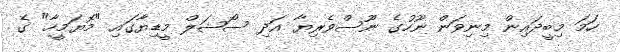
ހަމަ މިބީދައިން މިނިވަން ނޫހުގެ ނޫސްވެރިޔާ އަދި ސޯޝަލް މީޑިޔާގައި "މޮޔަމީހާ" ގެ